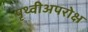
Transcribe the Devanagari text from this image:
पृथ्वीअपरोक्ष